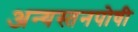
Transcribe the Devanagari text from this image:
अन्यस्तनपोषी